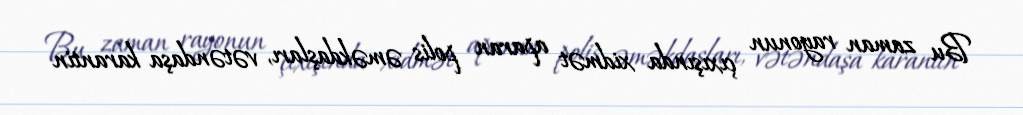
Bu zaman rayonun çıxışında xidmət aparan polis əməkdaşları, vətəndaşa karantin